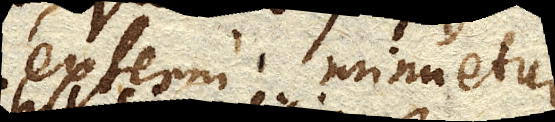
externi minuetur.